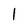
Character: 1